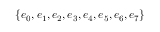
\{ e _ { 0 } , e _ { 1 } , e _ { 2 } , e _ { 3 } , e _ { 4 } , e _ { 5 } , e _ { 6 } , e _ { 7 } \}